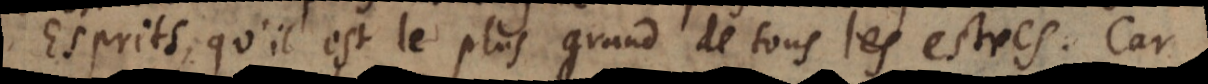
Esprits, qu’il est le plus grand de tous les estres. Car